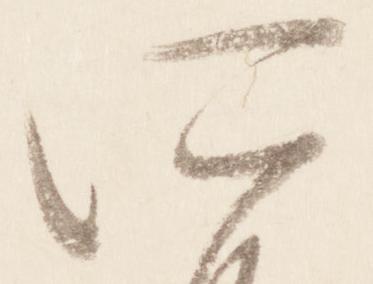
所